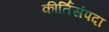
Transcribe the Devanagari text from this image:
कीर्तिसंपदा